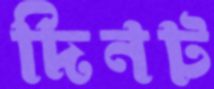
দিনট